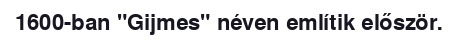
1600-ban "Gijmes" néven említik először.